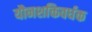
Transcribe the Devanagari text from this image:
यौनशक्तिवर्धक